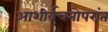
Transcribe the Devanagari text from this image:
आशीर्वचनोपरांत